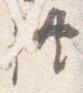
供